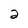
Character: 2